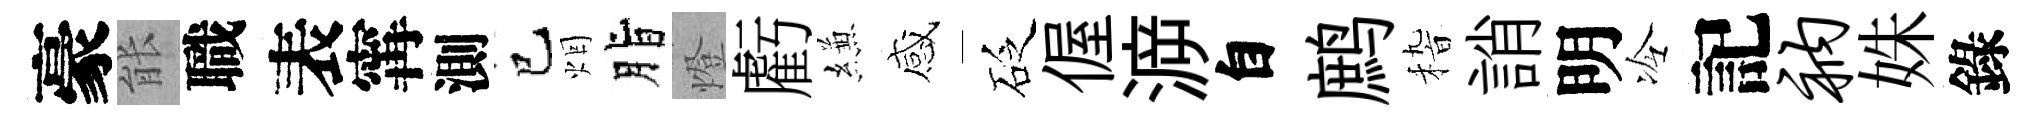
豪䏻職表𡩋測巳烟脂燈虧縑感砭偓㴑自鹧𥟵誚明冷記衲姝錄